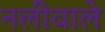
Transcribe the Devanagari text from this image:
नलीवाले